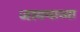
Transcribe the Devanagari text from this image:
जावयाच्या